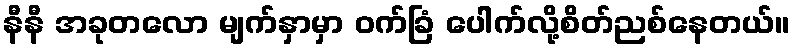
နီနီ အခုတလော မျက်နှာမှာ ဝက်ခြံ ပေါက်လို့စိတ်ညစ်နေတယ်။